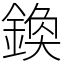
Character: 𨩉